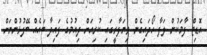
އޮޑިޓް ފާމަކުން ލަފާ ހޯދައިގެން ވިޔަފާރީގައި ކުރިއަށް ދިއުމުގެ ފައިދާ ބައެއް ބޭފުޅުންނަށް